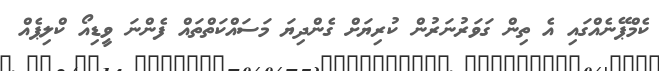
ކެމްޕޭނެއްގައި އެ ތިން ގަވަރުނަރުން ކުރިޔަށް ގެންދިޔަ މަސައްކަތްތައް ފެންނަ ވީޑިއޯ ކްލިޕެއް